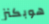
هوبكنز